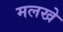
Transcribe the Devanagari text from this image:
मलखे